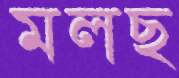
মলছ